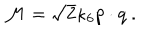
LaTeX: { \cal M } = \sqrt { 2 } \kappa _ { 6 } p \cdot q \ .